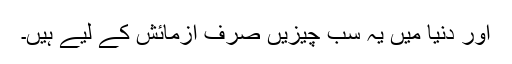
اور دنیا میں یہ سب چیزیں صرف آزمائش کے لیے ہیں۔